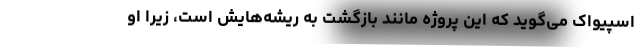
اسپیواک می‌گوید که این پروژه مانند بازگشت به ریشه‌هایش است، زیرا او